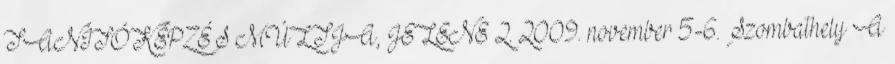
TANÍTÓKÉPZÉS MÚLTJA, JELENE 2. 2009. november 5-6. Szombathely A